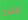
ليلند